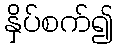
နှိပ်စက်၍